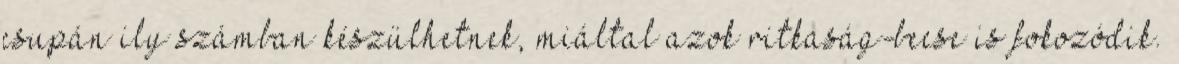
csupán ily számban készülhetnek, miáltal azok ritkaság-becse is fokozódik.